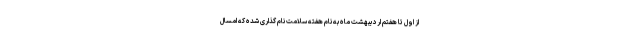
از اول تا هفتم اردیبهشت ماه به نام هفته سلامت نام گذاری شده که امسال